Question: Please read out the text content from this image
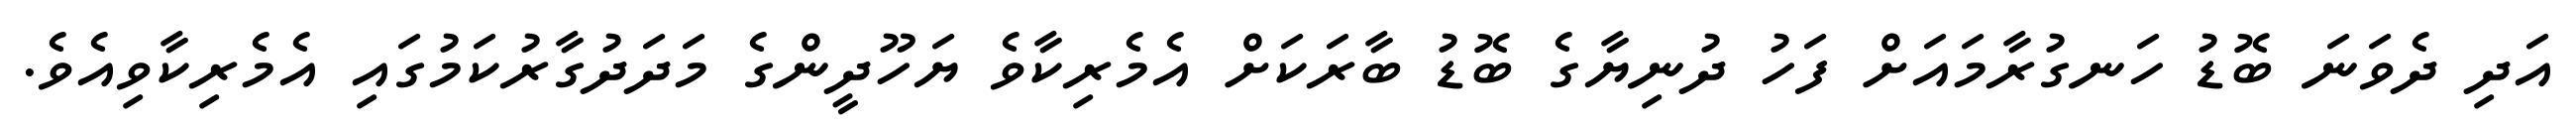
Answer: އަދި ދެވަނަ ބޮޑު ހަނގުރާމައަށް ފަހު ދުނިޔާގެ ބޮޑު ބާރަކަށް އެމެރިކާވެ ޔަހޫދީންގެ މަދަދުގާރުކަމުގައި އެމެރިކާވިއެވެ.